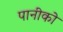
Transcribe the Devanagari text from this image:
पानीको